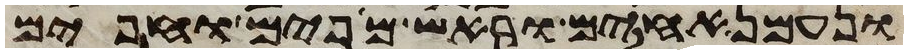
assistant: ונעמן אחים וראש מאפים ואפים